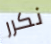
نكرر